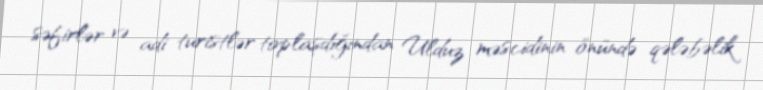
səfirlər və adi turistlər toplaşdığından Ulduz məscidinin önündə qələbəlik